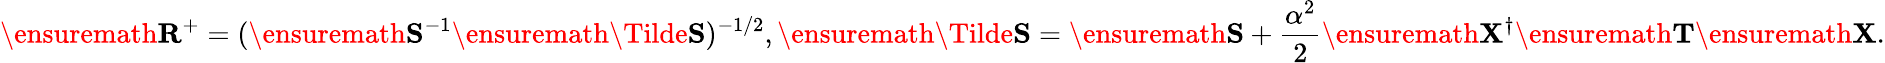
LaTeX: \ensuremath{\mathbf{R}}^{+}=(\ensuremath{\mathbf{S}}^{-1}\ensuremath{\mathbf{\Tilde{S}}})^{-1/2},\ensuremath{\mathbf{\Tilde{S}}}=\ensuremath{\mathbf{S}}+\frac{\alpha^{2}}{2}\ensuremath{\mathbf{X}}^{\dagger}\ensuremath{\mathbf{T}}\ensuremath{\mathbf{X}}.